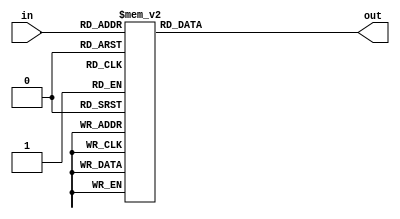
//Justin Liang
//ECE 154A
//Homework 1, Problem 1b

module decoder_3_8(in, out);
  input[2:0] in;
  output[7:0] out;

  reg[7:0] out;
  
  //Whenever input changes, change the output
  always@(in)
  begin
    case(in)
      3'b000: out <= 8'b00000001;
      3'b001: out <= 8'b00000010;
      3'b010: out <= 8'b00000100;
      3'b011: out <= 8'b00001000;
      3'b100: out <= 8'b00010000;
      3'b101: out <= 8'b00100000;
      3'b110: out <= 8'b01000000;
      3'b111: out <= 8'b10000000;
    endcase
  end
endmodule